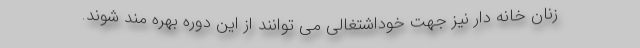
زنان خانه دار نیز جهت خوداشتغالی می توانند از این دوره بهره مند شوند.